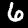
Label: 6